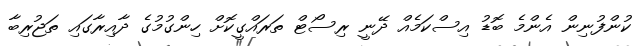
ކުންފުނިން އެންމެ ބޮޑު އިސްކަމެއް ދޭނީ ރިސޯޓް ތަރައްގީކޮށް ހިންގުމުގެ ދާއިރާގައި ތަޖުރިބާ